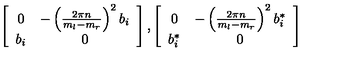
\left[ \begin{array} { c c } { 0 } & { - \left( { \frac { 2 \pi n } { m _ { l } - m _ { r } } } \right) ^ { 2 } b _ { i } } \\ { b _ { i } } & { 0 } \\ \end{array} \right] , \left[ \begin{array} { c c } { 0 } & { - \left( { \frac { 2 \pi n } { m _ { l } - m _ { r } } } \right) ^ { 2 } b _ { i } ^ { * } } \\ { b _ { i } ^ { * } } & { 0 } \\ \end{array} \right]